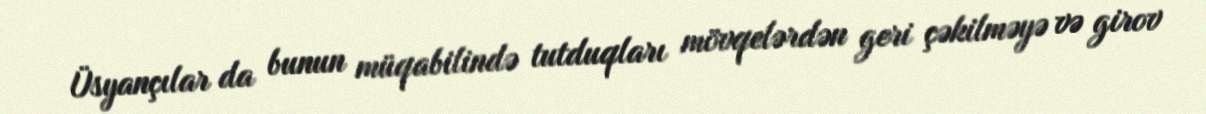
Üsyançılar da bunun müqabilində tutduqları mövqelərdən geri çəkilməyə və girov